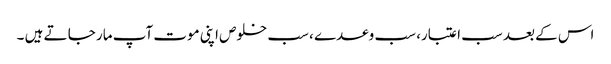
اس کے بعد سب اعتبار، سب وعدے ، سب خلوص اپنی موت آپ مار جا تے ہیں ۔